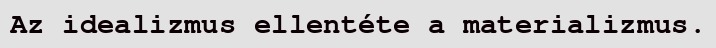
Az idealizmus ellentéte a materializmus.